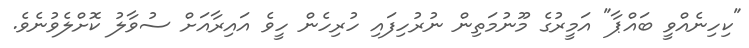
"ކިހިނެއްވީ ބައްޕާ" އަމީރުގެ މޫނުމަތިން ނުރުހިފައި ހުރިހެން ހީވެ އައިރާއަށް ސުވާލު ކޮށްލެވުނެވެ.